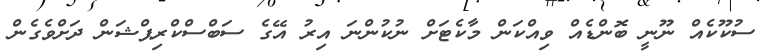
ސުކޫކެއް ނޫނީ ބޮންޑެއް ވިއްކަން މާކެޓަށް ނުކުންނަ އިރު އޭގެ ސަބްސްކްރިޕްޝަން ދަށްވެގެން